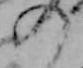
の